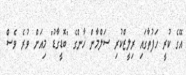
އޭގެ ކުރީ ހަފުތާގައި ރިލީޒްކުރި ސަލްމާން ޚާންގެ "ބޮޑީގާޑު" މިއަށް ވުރެ ވެސް